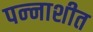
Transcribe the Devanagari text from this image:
पन्‍नाशीत